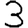
Digit: 3